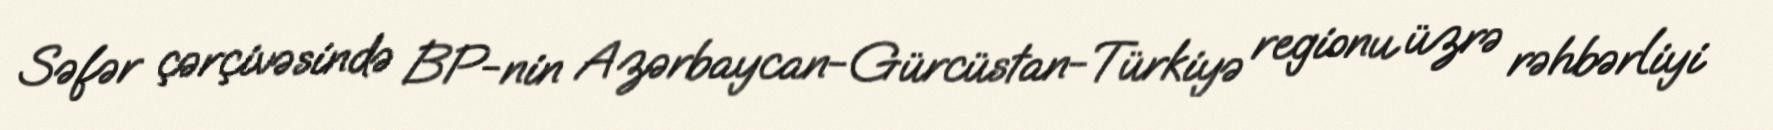
Səfər çərçivəsində BP-nin Azərbaycan-Gürcüstan-Türkiyə regionu üzrə rəhbərliyi